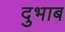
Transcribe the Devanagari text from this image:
दुभाब